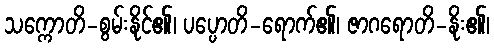
သက္ကောတိ-စွမ်းနိုင်၏၊ ပပ္ပောတိ-ရောက်၏၊ ဇာဂရောတိ-နိုး၏၊